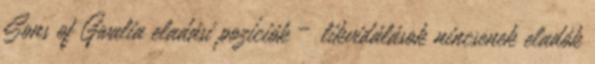
Sons of Gwalia eladási pozíciók – likvidálások nincsenek eladók